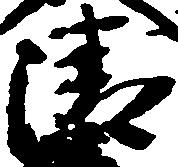
清